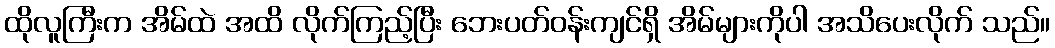
ထိုလူကြီးက အိမ်ထဲ အထိ လိုက်ကြည့်ပြီး ဘေးပတ်ဝန်းကျင်ရှိ အိမ်များကိုပါ အသိပေးလိုက် သည်။